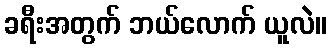
ခရီးအတွက် ဘယ်လောက် ယူလဲ။